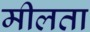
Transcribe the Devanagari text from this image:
मीलता